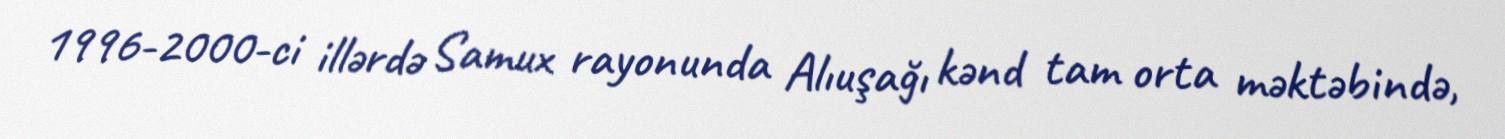
1996-2000-ci illərdə Samux rayonunda Alıuşağı kənd tam orta məktəbində,